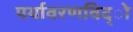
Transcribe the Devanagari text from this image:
पर्यावरणविद्ो